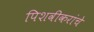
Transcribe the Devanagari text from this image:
पिशवीकरांचे